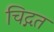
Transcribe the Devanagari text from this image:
चिद्गत